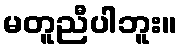
မတူညီပါဘူး။